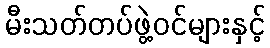
မီးသတ်တပ်ဖွဲ့ဝင်များနှင့်